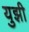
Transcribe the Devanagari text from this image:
युझी